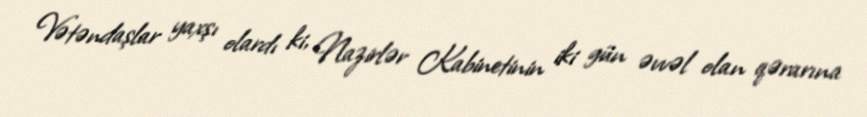
Vətəndaşlar yaxşı olardı ki, Nazirlər Kabinetinin iki gün əvvəl olan qərarına